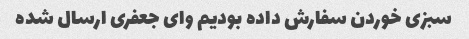
سبزی خوردن سفارش داده بودیم وای جعفری ارسال شده